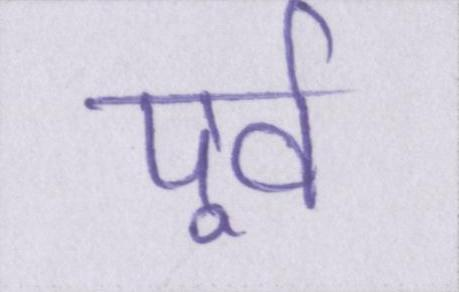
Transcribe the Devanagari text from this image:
पूर्व